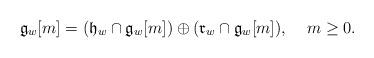
LaTeX: \begin{align*} \mathfrak{g}_w[m] = (\mathfrak{h}_w \cap \mathfrak{g}_w [m] )\oplus ( \mathfrak{r}_w \cap \mathfrak{g}_w[m]),\;\;\;\; m\geq0.\end{align*}